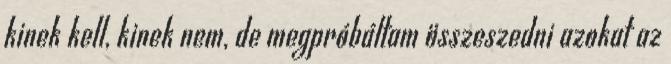
kinek kell, kinek nem, de megpróbáltam összeszedni azokat az